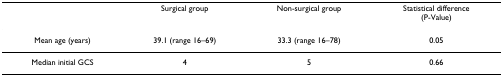
<table><thead><tr><td></td><td><b>Surgical group</b></td><td><b>Non-surgical group</b></td><td><b>Statistical difference(P-Value)</b></td></tr></thead><tbody><tr><td>Mean age (years)</td><td>39.1 (range 16–69)</td><td>33.3 (range 16–78)</td><td>0.05</td></tr><tr><td>Median initial GCS</td><td>4</td><td>5</td><td>0.66</td></tr></tbody></table>